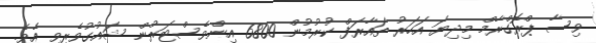
ވިސާ ޕްރޮގްރާމް މިދިޔަ އަހަރު ތައާރަފް ކުރުމުން 6800 އިންވެސްޓަރުން ޝައުގުވެރިވި އެވެ.